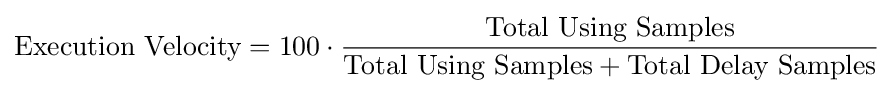
{\text{Execution Velocity}}=100\cdot {\frac {\text{Total Using Samples}}{{\text{Total Using Samples}}+{\text{Total Delay Samples}}}}